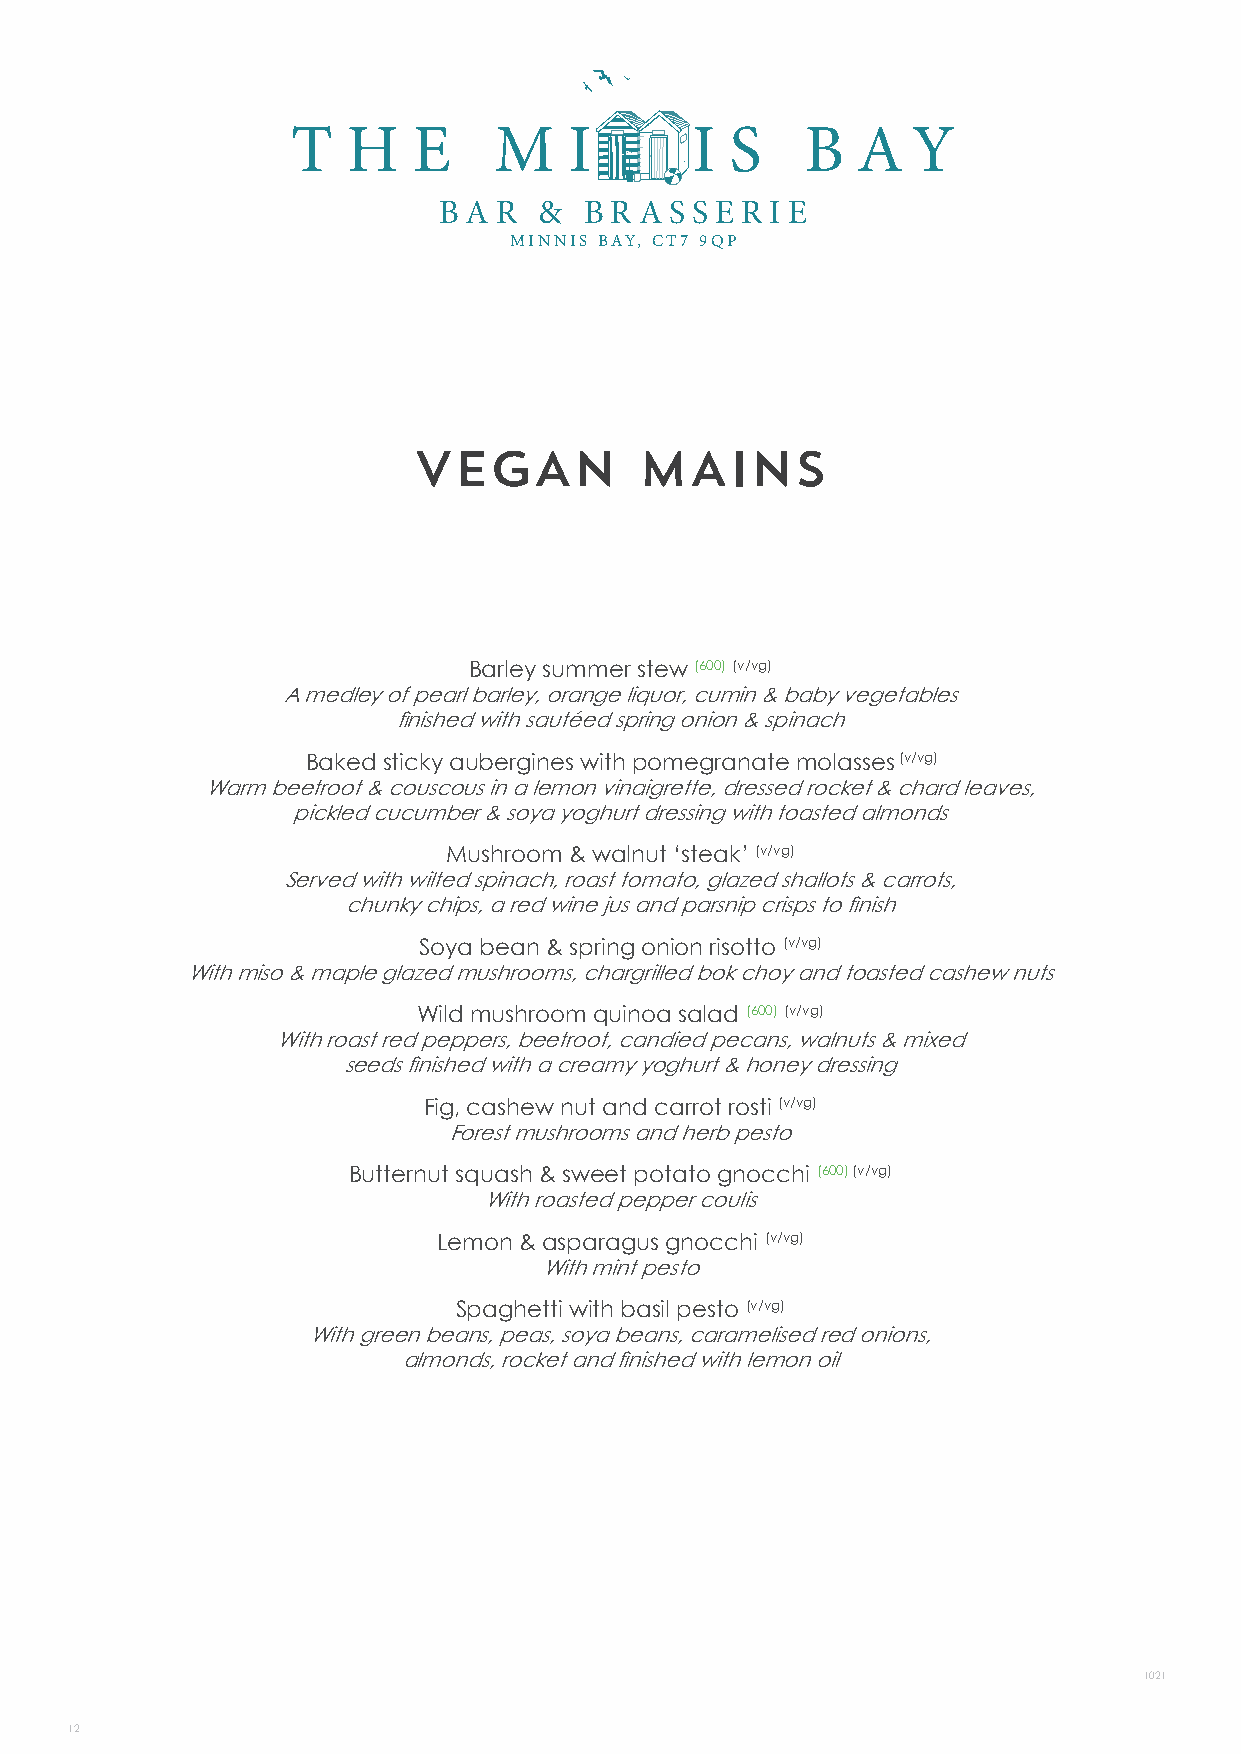
T   HE        M    I       I S    B   A  Y
 B A R  &  B R A S S E R IE
 MINNIS BAY, CT7 9QP
 VEGAN          MAINS
 Barley summer stew (600) (v/vg)
 A medley of pearl barley, orange liquor, cumin & baby vegetables
 finished with sautéed spring onion & spinach
 Baked sticky aubergines with pomegranate molasses (v/vg)
 Warm beetroot & couscous in a lemon vinaigrette, dressed rocket & chard leaves,
 pickled cucumber & soya yoghurt dressing with toasted almonds
 Mushroom & walnut ‘steak’ (v/vg)
 Served with wilted spinach, roast tomato, glazed shallots & carrots,
 chunky chips, a red wine jus and parsnip crisps to finish
 Soya bean & spring onion risotto (v/vg)
 With miso & maple glazed mushrooms, chargrilled bok choy and toasted cashew nuts
 Wild mushroom quinoa salad (600) (v/vg)
 With roast red peppers, beetroot, candied pecans, walnuts & mixed
 seeds finished with a creamy yoghurt & honey dressing
 Fig, cashew nut and carrot rosti (v/vg)
 Forest mushrooms and herb pesto
 Butternut squash & sweet potato gnocchi (600) (v/vg)
 With roasted pepper coulis
 Lemon & asparagus gnocchi (v/vg)
 With mint pesto
 Spaghetti with basil pesto (v/vg)
 With green beans, peas, soya beans, caramelised red onions,
 almonds, rocket and finished with lemon oil
 1021
 12